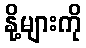
နို့များကို